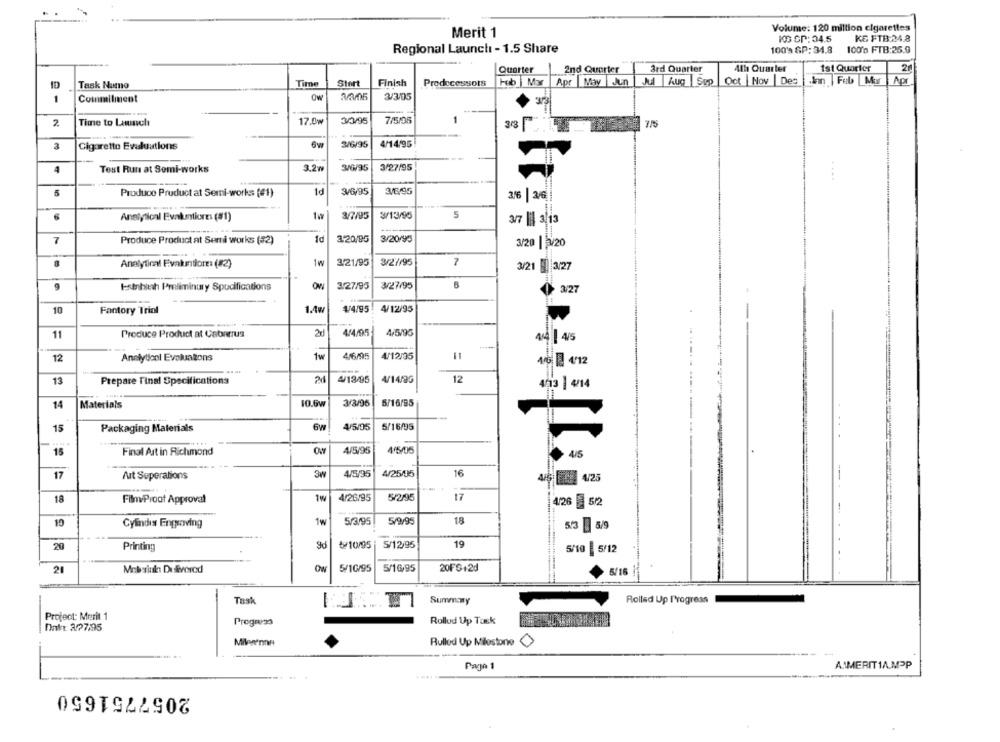
Volume: 120 million cigarettes
Merit 1
IOG CP: 04.5
KE FTB:24.8
Regional Launclı - 1.5 Share
100's SP: 34.8
100's FTB:25.9
Quarter
2nd Quarter
3rd Quarter
4th Quarter
1st Quarter
Start
Finish
Predecessors
Hub My Apr |May Jun | Jul |Aug Sep Oct Nov |Des
.an |Feb Mur
Apr
ID
Task Nume
Time
Ow
3/3/05
3/3/05
1
Commitment
1
2
Time to Launch
17.0W
7/5/05
3
Cigarette Evaluations
3/6/95
4/14/95
4
Test Run at Semi-works
3.2w
3/27/95
....
Produce Pruduct at Semi-works (41)
1d
3/6/95
3/6/95
3/6 2/6
6
3/7/95
3/13/95
5
Analytical Evakunticm (#1)
3/7 || 3 13
1d
3.20/95
3/20/93
7
Produce Product at Serri works (#2)
3/20 | 3/20
8
Analytical Evakuintiore: (82)
1w
3.21/95
3/27/95
7
3/21 3/27
Etthitch Preliminury Spucifications
3/27/93
3/27/95
3/27
10
Fantory Trial
1.4w
4/4/95
4/12/95
Produce Product at Cabarrus
4/4/95
4/5/95
11
44 4/5
Analyticol Evaluations
1w
46.95
4/12/35
-
12
4 1 4'12
4/18/95
4/14/85
12
13
Prepare Final Specifications
21
403 4/14
14
Materials
10.6w
3/3/95
5/16/85
15
Packaging Materials
6W
4/5/35
5/16/95
15
Final Art in Richmond
ON
4/5/95
4/5/05
4/5
17
Art Seperations
3w
4/5/95
4/25/95
16
4/25
18
1W
4/26/95
5/2/95
17
FilmProof Approval
4/26 52
5/3/95
18
10
Cylindis Engraving
1w
5/9/95
3 5/9
20
Printing
9d
৳10/95
5/12/95
19
5/10
5/12
21
Mnbsink Delivered
Ow
5/10/95
5/16/95
20FS+2d
5/16
Task
-
T
Summamy
Rolled Up Progress
Project: Merit 1
Prognoza
Rollod Up Tusk
Fint: 327.95
Rulled Up Milestone
0
Page 1
AIMERIT1AMPP
2057751650